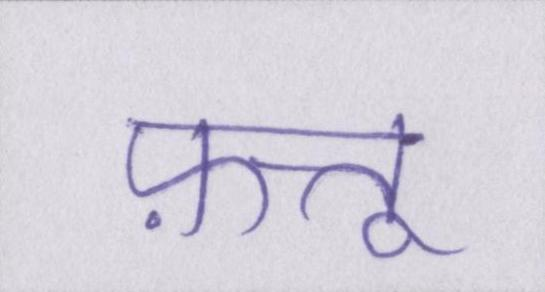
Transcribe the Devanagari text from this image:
फ़त्तू